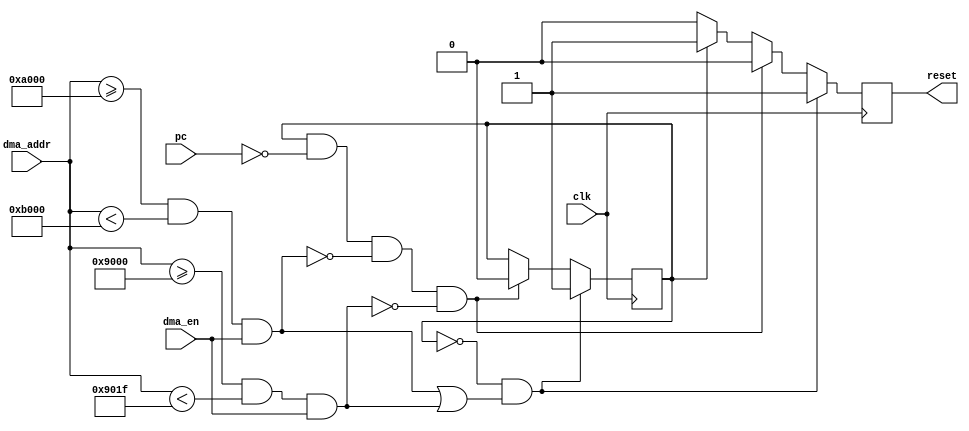

module  dma_X_stack (
    clk,
    pc,
    dma_addr,
    dma_en,

    reset,
);

input           clk;
input   [15:0]  pc;
input   [15:0]  dma_addr;
input           dma_en;
output          reset;

// MACROS ///////////////////////////////////////////
parameter SDATA_BASE = 16'hA000;
parameter SDATA_SIZE = 16'h1000;
//
parameter CTR_BASE = 16'h9000;
parameter CTR_SIZE = 16'h001F;
//
/////////////////////////////////////////////////////

parameter RESET_HANDLER = 16'h0000;
parameter RUN  = 1'b0, KILL = 1'b1;
//-------------Internal Variables---------------------------
reg             state;
reg             key_res;
//

initial
    begin
        state = KILL;
        key_res = 1'b1;
    end

wire invalid_access_x_stack = (dma_addr >= SDATA_BASE && dma_addr < SDATA_BASE + SDATA_SIZE) && dma_en;
wire invalid_write_ctr = (dma_addr >= CTR_BASE && dma_addr < CTR_BASE + CTR_SIZE) && dma_en;

always @(posedge clk) 
if( state == RUN && (invalid_access_x_stack || invalid_write_ctr) )
    state <= KILL;
else if (state == KILL && pc == RESET_HANDLER && !invalid_access_x_stack && !invalid_write_ctr)
    state <= RUN;
else state <= state;

always @(posedge clk)
if (state == RUN && ( invalid_access_x_stack || invalid_write_ctr) )
    key_res <= 1'b1;
else if (state == KILL && pc == RESET_HANDLER && !invalid_access_x_stack && !invalid_write_ctr)
    key_res <= 1'b0;
else if (state == KILL)
    key_res <= 1'b1;
else if (state == RUN)
    key_res <= 1'b0;
else key_res <= 1'b0;

assign reset = key_res;

endmodule